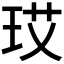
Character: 𪻚